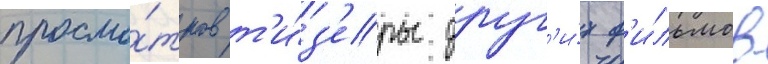
просмо́тров т'и́з'еры друг'и́х ф'и́льмов